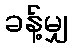
ခန့်မျှ